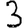
Digit: 3